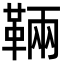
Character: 䩫